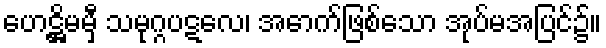
ဟေဋ္ဌိမမှီ သမုဂ္ဂပဋလေ၊ အောက်ဖြစ်သော အုပ်မအပြင်၌။